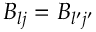
B _ { l j } = B _ { l { ' } j { ' } }